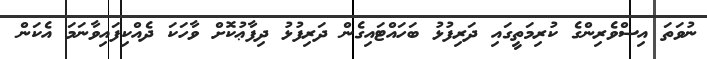
ނުވަތަ އިސްވެރިންގެ ކުރިމަތީގައި ދަރިފުޅު ބަހައްޓައިގެން ދަރިފުޅު ދިފާޢުކޮށް ވާހަކަ ދެއްކިފައިވާނަމަ އެކަން